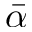
\bar { \alpha }